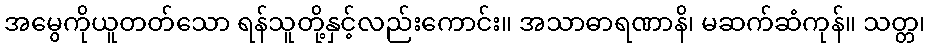
အမွေကိုယူတတ်သော ရန်သူတို့နှင့်လည်းကောင်း။ အသာဓာရဏာနိ၊ မဆက်ဆံကုန်။ သတ္တ၊